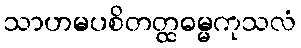
သာဟမပစိတတ္ထဓမ္မကုသလံ